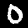
Digit: 0